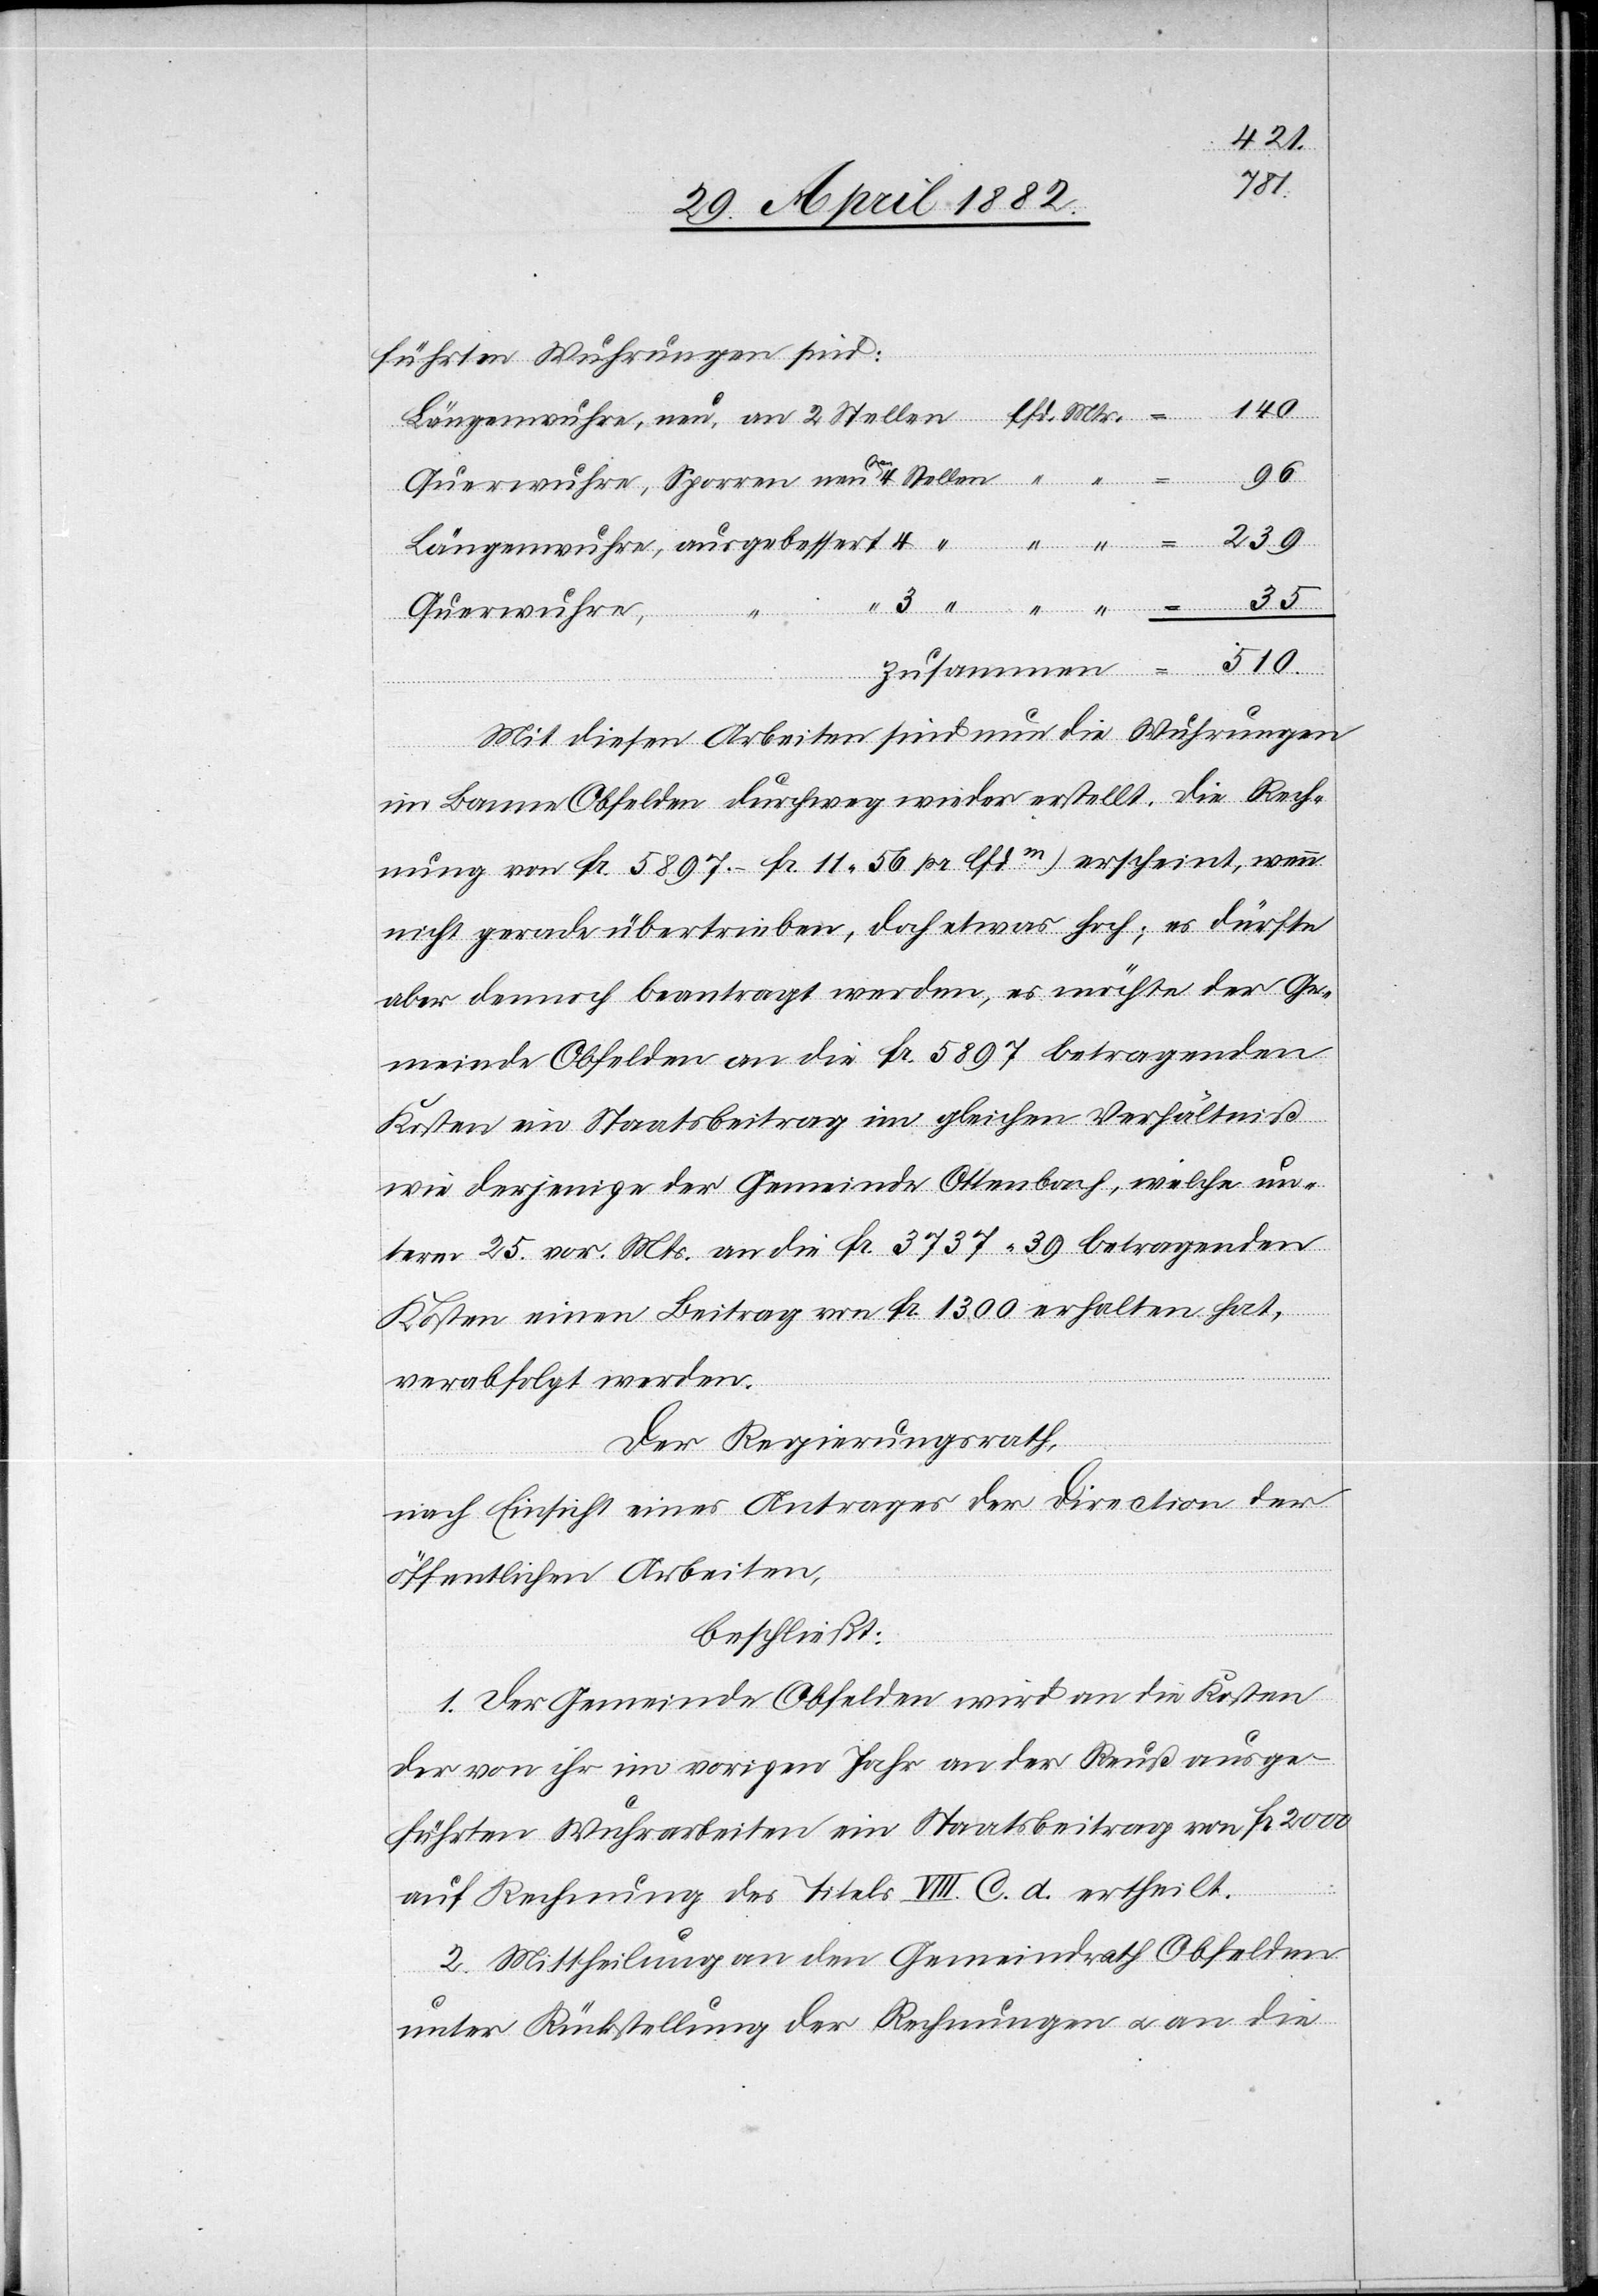
510
führten Wuhrungen sind:
140
Querwuhre,
Mit diesen Arbeiten sind nun die Wuhrungen
im Banne Obfelden durchweg wieder erstellt. Die Rech¬
nung von Fr. 5897.– (Fr. 11 56 pr. lfd.m) erscheint, wenn
nicht gerade übertrieben, doch etwas hoch; es dürfte
aber dennoch beantragt werden, es möchte der Ge¬
meinde Obfelden an die Fr. 5897 betragenden
Kosten ein Staatsbeitrag im gleichen Verhältniß
wie derjenige der Gemeinde Ottenbach, welche un¬
term 25. vor. Mts. an die Fr. 3737 39 betragenden
Kosten einen Beitrag von Fr. 1300 erhalten hat,
verabfolgt werden.
Der Regierungsrath,
nach Einsicht eines Antrages der Direction der
öffentlichen Arbeiten,
beschließt:
1. Der Gemeinde Obfelden wird an die Kosten
der von ihr im vorigen Jahr an der Reuß ausge¬
führten Wuhrarbeiten ein Staatsbeitrag von Fr. 2000
auf Rechnung des Titels VIII. C. d. ertheilt
2. Mittheilung an den Gemeindrath Obfelden
unter Rückstellung der Rechnungen u. an die